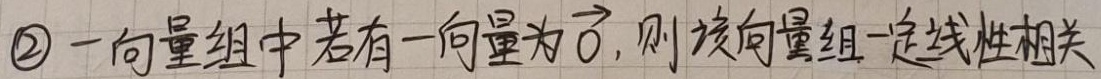
\textcircled{2} 一向量组中若有一向量为$\vec{0}$，则该向量组一定线性相关。